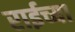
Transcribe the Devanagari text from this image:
राईच्या